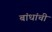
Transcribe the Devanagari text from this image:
बांधांची